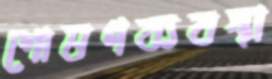
শোষণব্যবস্থা